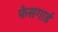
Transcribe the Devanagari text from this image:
फेसगार्ड